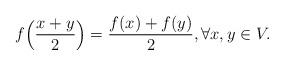
LaTeX: \begin{align*}f\Big(\frac{x+y}2\Big) = \frac{f(x) + f(y)}2, \forall x,y \in V.\end{align*}